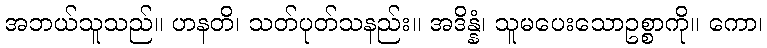
အဘယ်သူသည်။ ဟနတိ၊ သတ်ပုတ်သနည်း။ အဒိန္နံ၊ သူမပေးသောဥစ္စာကို။ ကော၊